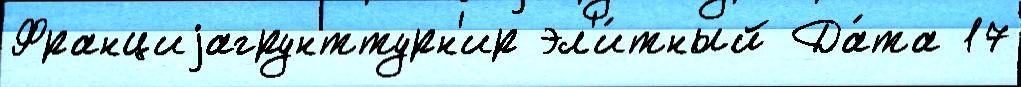
Франциjагрунттурн'ир эл'и́тный Да́та 17